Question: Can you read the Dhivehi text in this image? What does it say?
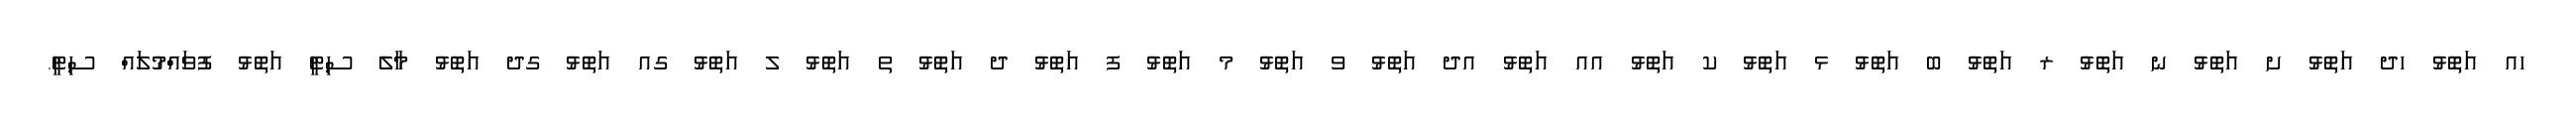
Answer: ހއ އަތޮޅު ހދ އަތޮޅު ށ އަތޮޅު ނ އަތޮޅު ރ އަތޮޅު ބ އަތޮޅު ޅ އަތޮޅު ކ އަތޮޅު އއ އަތޮޅު އދ އަތޮޅު ވ އަތޮޅު މ އަތޮޅު ފ އަތޮޅު ދ އަތޮޅު ތ އަތޮޅު ލ އަތޮޅު ގއ އަތޮޅު ގދ އަތޮޅު މާލެ ސިޓީ އަތޮޅު ފުވައްމުލައް ސިޓީ.